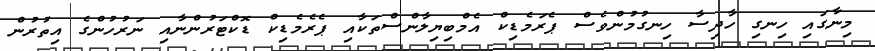
މިނާގައި ހިނގި ހާދިސާ ހިނގުމުންވެސް ޕެރަމެޑިކް އެމްބިޔިލާންސްތަކާއި ޕެރެމެޑިކް ޑޮކްޓަރުންނާއި ނަރުހުންގެ އިތުރުން